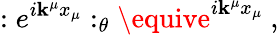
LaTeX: :e^{i\mathbf{k}^{\mu}x_{\mu}}:_{\theta}\equive^{i\mathbf{k}^{\mu}x_{\mu}}~,